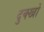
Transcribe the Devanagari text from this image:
दुक्खों